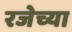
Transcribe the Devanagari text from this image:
रजेच्या